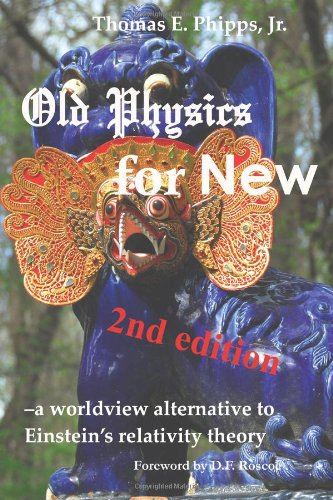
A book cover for Old Physics for New: a worldview alternative to Einstein's relativity theory; Thomas E. Phipps Jr.; Science & Math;